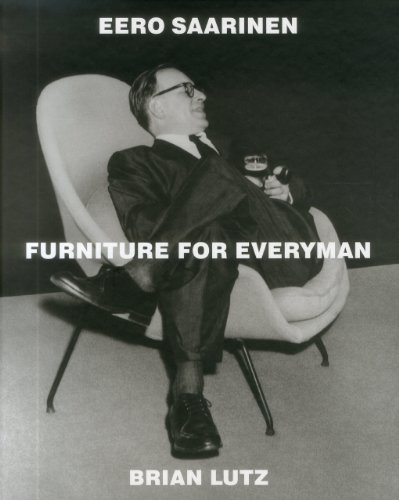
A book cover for Eero Saarinen: Furniture for Everyman; Brian Lutz; Arts & Photography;